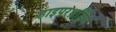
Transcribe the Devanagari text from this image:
हाइपरथ्रेडिंग